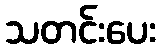
သတင်းပေး